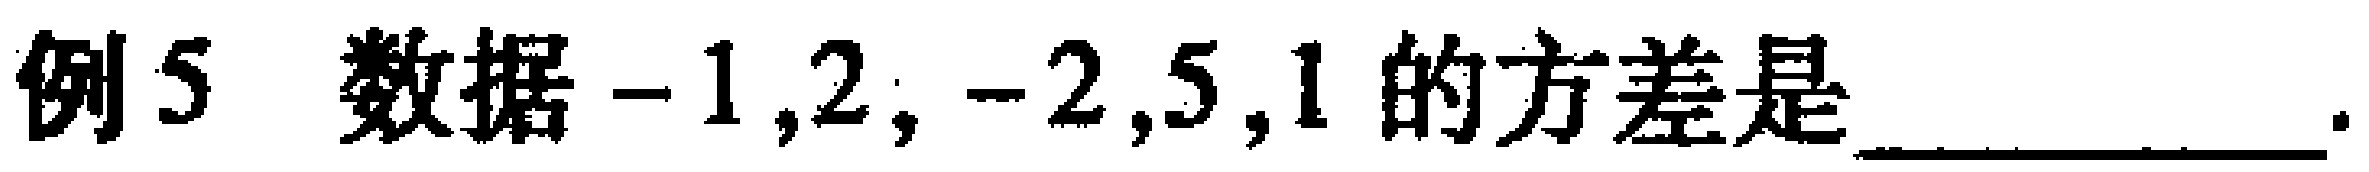
例5 数据$-1,2,-2,5,1$的方差是__________.